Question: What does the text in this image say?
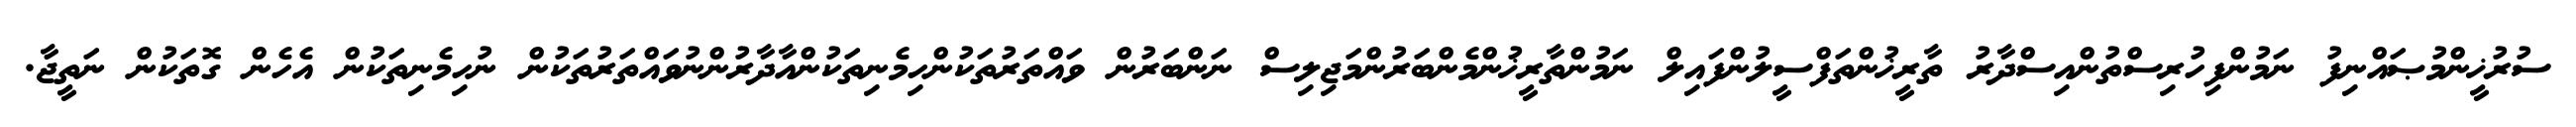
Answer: ސުރުޚީންމުޞައްނިފު ނަމުންފިހުރިސްތުންއިސްދާރު ތާރީޚުންތަފްސީލުންފައިލް ނަމުންތާރީޚުންމެންބަރުންމަޖިލިސް ނަންބަރުން ވައްތަރުތަކުންހިމެނިތަކުންއާދާރުންނުވައްތަރުތަކުން ނުހިމެނިތަކުން އެހެން ގޮތަކުން ނަތީޖާ.